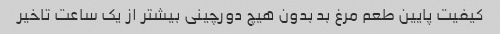
کیفیت پایین طعم مرغ بد بدون هیچ دورچینی بیشتر از یک ساعت تاخیر